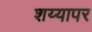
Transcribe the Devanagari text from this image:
शय्यापर